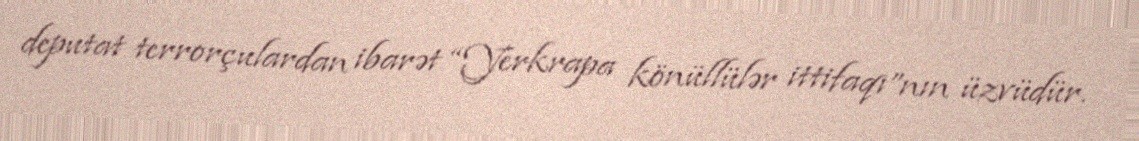
deputat terrorçulardan ibarət “Yerkrapa könüllülər ittifaqı”nın üzvüdür.